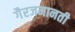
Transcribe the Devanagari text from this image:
गैरजमानती